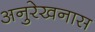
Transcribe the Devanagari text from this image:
अनुरेखनास